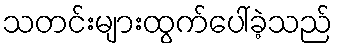
သတင်းများထွက်ပေါ်ခဲ့သည်